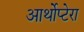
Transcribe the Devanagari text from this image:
आर्थोप्टेरा